Indian journal of veterinary science and animal husbandry - Volume 3,
Year: 1933
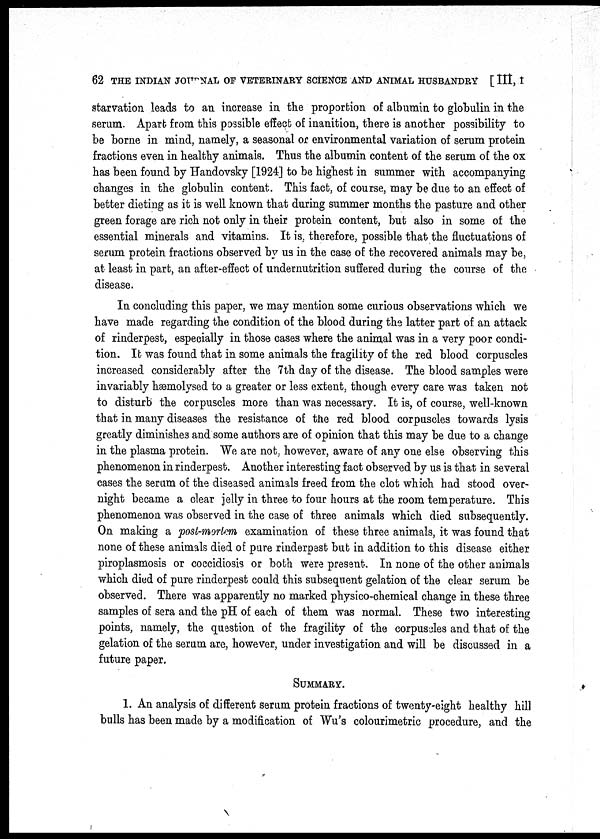
62 THE INDIAN JOURNAL OF VETERINARY SCIENCE AND ANIMAL HUSBANDRY [ III, I
starvation leads to an increase in the proportion of albumin to globulin in the
serum. Apart from this possible effect of inanition, there is another possibility to
be borne in mind, namely, a seasonal or environmental variation of serum protein
fractions even in healthy animals. Thus the albumin content of the serum of the ox
has been found by Handovsky [1924] to be highest in summer with accompanying
changes in the globulin content. This fact, of course, may be due to an effect of
better dieting as it is well known that during summer months the pasture and other
green forage are rich not only in their protein content, but also in some of the
essential minerals and vitamins. It is, therefore, possible that the fluctuations of
serum protein fractions observed by us in the case of the recovered animals may be,
at least in part, an after-effect of undernutrition suffered during the course of the
disease.
In concluding this paper, we may mention some curious observations which we
have made regarding the condition of the blood during the latter part of an attack
of rinderpest, especially in those cases where the animal was in a very poor condi-
tion. It was found that in some animals the fragility of the red blood corpuscles
increased considerably after the 7th day of the disease. The blood samples were
invariably hæmolysed to a greater or less extent, though every care was taken not
to disturb the corpuscles more than was necessary. It is, of course, well-known
that in many diseases the resistance of the red blood corpuscles towards lysis
greatly diminishes and some authors are of opinion that this may be due to a change
in the plasma protein. We are not, however, aware of any one else observing this
phenomenon in rinderpest. Another interesting fact observed by us is that in several
cases the serum of the diseased animals freed from the clot which had stood over-
night became a clear jelly in three to four hours at the room temperature. This
phenomenon was observed in the case of three animals which died subsequently.
On making a post-mortem examination of these three animals, it was found that
none of these animals died of pure rinderpest but in addition to this disease either
piroplasmosis or coccidiosis or both were present. In none of the other animals
which died of pure rinderpest could this subsequent gelation of the clear serum be
observed. There was apparently no marked physico-chemical change in these three
samples of sera and the pH of each of them was normal. These two interesting
points, namely, the question of the fragility of the corpuscles and that of the
gelation of the serum are, however, under investigation and will be discussed in a
future paper.
SUMMARY.
1. An analysis of different serum protein fractions of twenty-eight healthy hill
bulls has been made by a modification of Wu's colourimetric procedure, and the